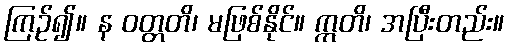
ကြဉ်၍။ န ဝတ္တတိ၊ မဖြစ်နိုင်။ ဣတိ၊ အပြီးတည်း။